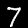
Digit: 7